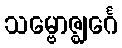
သမ္ဗောဇ္ဈင်္ဂေ